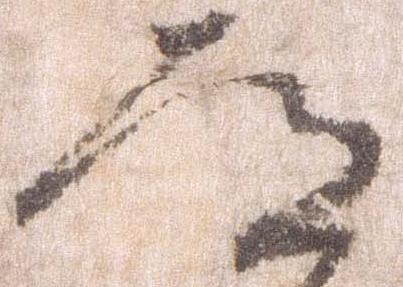
殿